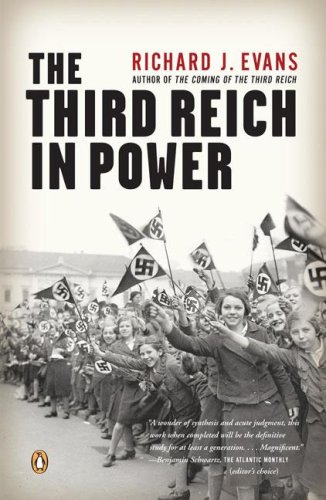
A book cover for The Third Reich in Power; Richard J. Evans; History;